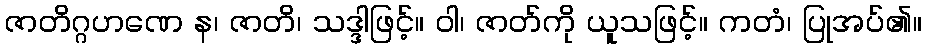
ဇာတိဂ္ဂဟဏေ န၊ ဇာတိ၊ သဒ္ဒါဖြင့်။ ဝါ၊ ဇာတ်ကို ယူသဖြင့်။ ကတံ၊ ပြုအပ်၏။